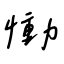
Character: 慟